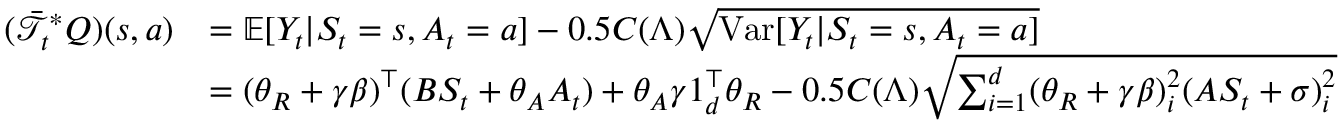
\begin{array} { r l } { ( \bar { \mathcal { T } } _ { t } ^ { * } Q ) ( s , a ) } & { = \mathbb { E } [ Y _ { t } | S _ { t } = s , A _ { t } = a ] - 0 . 5 C ( \Lambda ) \sqrt { \mathrm { V a r } [ Y _ { t } | S _ { t } = s , A _ { t } = a ] } } \\ & { = ( \theta _ { R } + \gamma \beta ) ^ { \top } ( B S _ { t } + \theta _ { A } A _ { t } ) + \theta _ { A } \gamma 1 _ { d } ^ { \top } \theta _ { R } - 0 . 5 C ( \Lambda ) \sqrt { \sum _ { i = 1 } ^ { d } ( \theta _ { R } + \gamma \beta ) _ { i } ^ { 2 } ( A S _ { t } + \sigma ) _ { i } ^ { 2 } } } \end{array}